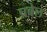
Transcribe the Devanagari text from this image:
प्रबेल